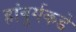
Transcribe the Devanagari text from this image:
हांबुर्गकडे